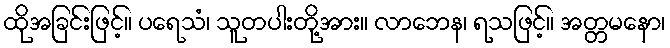
ထိုအခြင်းဖြင့်။ ပရေသံ၊ သူတပါးတို့အား။ လာဘေန၊ ရသဖြင့်။ အတ္တမနော၊